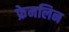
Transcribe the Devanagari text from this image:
फ्रेमलिन